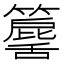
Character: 𥶕